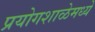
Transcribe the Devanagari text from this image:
प्रयोगशाळेमध्ये